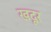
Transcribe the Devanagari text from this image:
खदूर